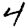
Digit: 4